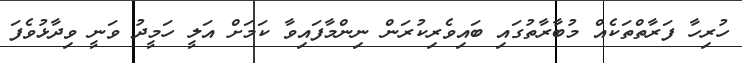
ހުރިހާ ފަރާތްތަކެއް މުބާރާތުގައި ބައިވެރިކުރަން ނިންމާފައިވާ ކަމަށް އަލީ ހަމީދު ވަނީ ވިދާޅުވެފަ